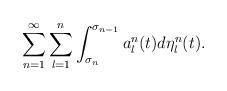
LaTeX: \begin{align*}\sum^\infty_{n=1} \sum^n_{l=1} \int^{\sigma_{n-1}}_{\sigma_{n}} a^n_l (t) d\eta^n_l(t).\end{align*}